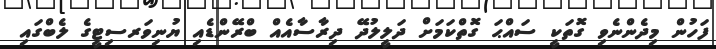
ފަހުން މިދެންނެވި ގޮތަކީ ސައްޙަ ގޮތްކަމަށް ދަލީލުދޭ ދިރާސާއެއް ބްރޭންޑެއި ޔުނިވަރސިޓީގެ ލެބްގައި